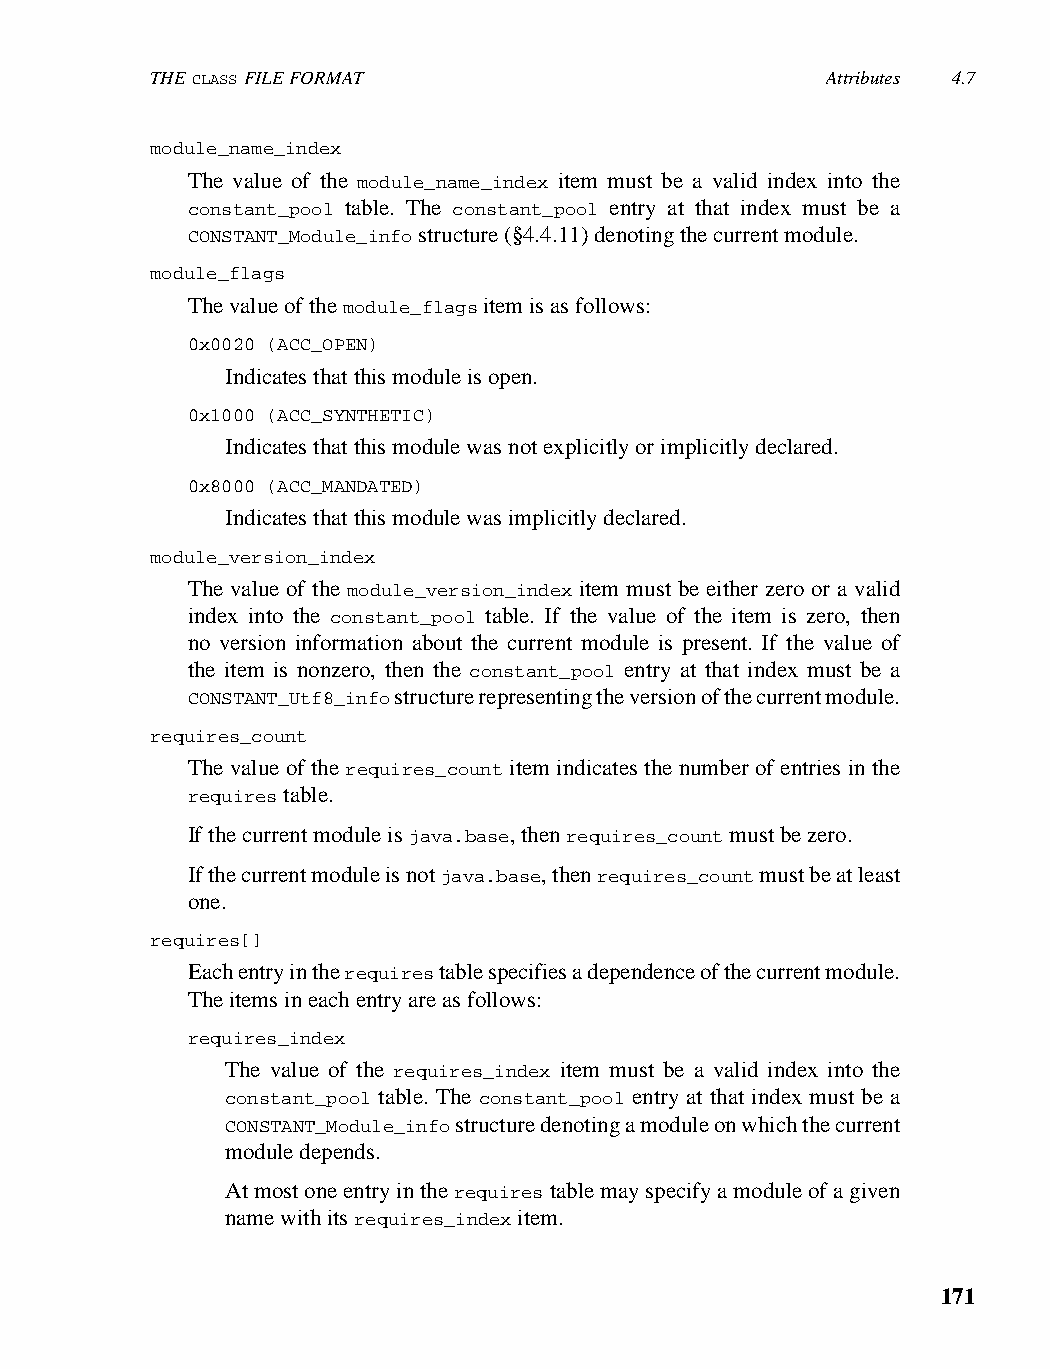
THE CLASS FILE FORMAT                        Attributes 4.7
 module_name_index
 The value of the module_name_index item must be a valid index into the
 constant_pool table. The constant_pool entry at that index must be a
 CONSTANT_Module_info structure (§4.4.11) denoting the current module.
 module_flags
 The value of the module_flags item is as follows:
 0x0020 (ACC_OPEN)
 Indicates that this module is open.
 0x1000 (ACC_SYNTHETIC)
 Indicates that this module was not explicitly or implicitly declared.
 0x8000 (ACC_MANDATED)
 Indicates that this module was implicitly declared.
 module_version_index
 The value of the module_version_index item must be either zero or a valid
 index into the constant_pool table. If the value of the item is zero, then
 no version information about the current module is present. If the value of
 the item is nonzero, then the constant_pool entry at that index must be a
 CONSTANT_Utf8_info structure representing the version of the current module.
 requires_count
 The value of the requires_count item indicates the number of entries in the
 requires table.
 If the current module is java.base, then requires_count must be zero.
 If the current module is not java.base, then requires_count must be at least
 one.
 requires[]
 Each entry in the requires table specifies a dependence of the current module.
 The items in each entry are as follows:
 requires_index
 The value of the requires_index item must be a valid index into the
 constant_pool table. The constant_pool entry at that index must be a
 CONSTANT_Module_info structure denoting a module on which the current
 module depends.
 At most one entry in the requires table may specify a module of a given
 name with its requires_index item.
 171